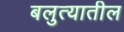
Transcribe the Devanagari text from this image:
बलुत्यातील